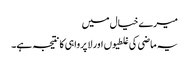
میرے خیال میں
یہ ماضی کی غلطیوں اور لا پرواہی کا نتیجہ ہے۔